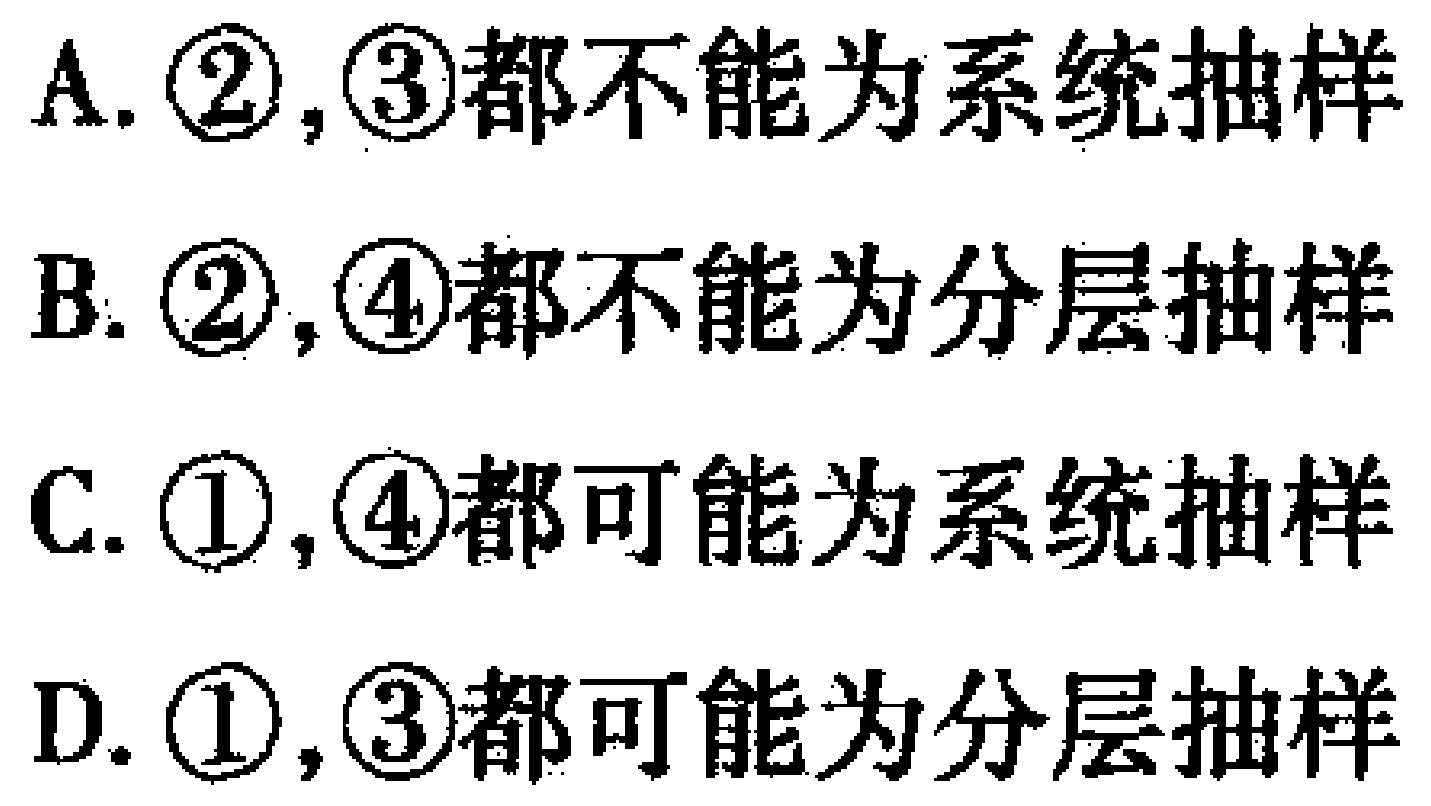
A. \textcircled{2},\textcircled{3}都不能为系统抽样

B. \textcircled{2},\textcircled{4}都不能为分层抽样

C. \textcircled{1},\textcircled{4}都可能为系统抽样

D. \textcircled{1},\textcircled{3}都可能为分层抽样